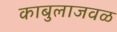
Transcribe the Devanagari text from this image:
काबुलाजवळ